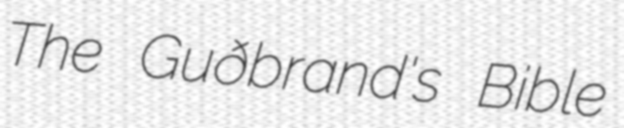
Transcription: The Guðbrand's Bible